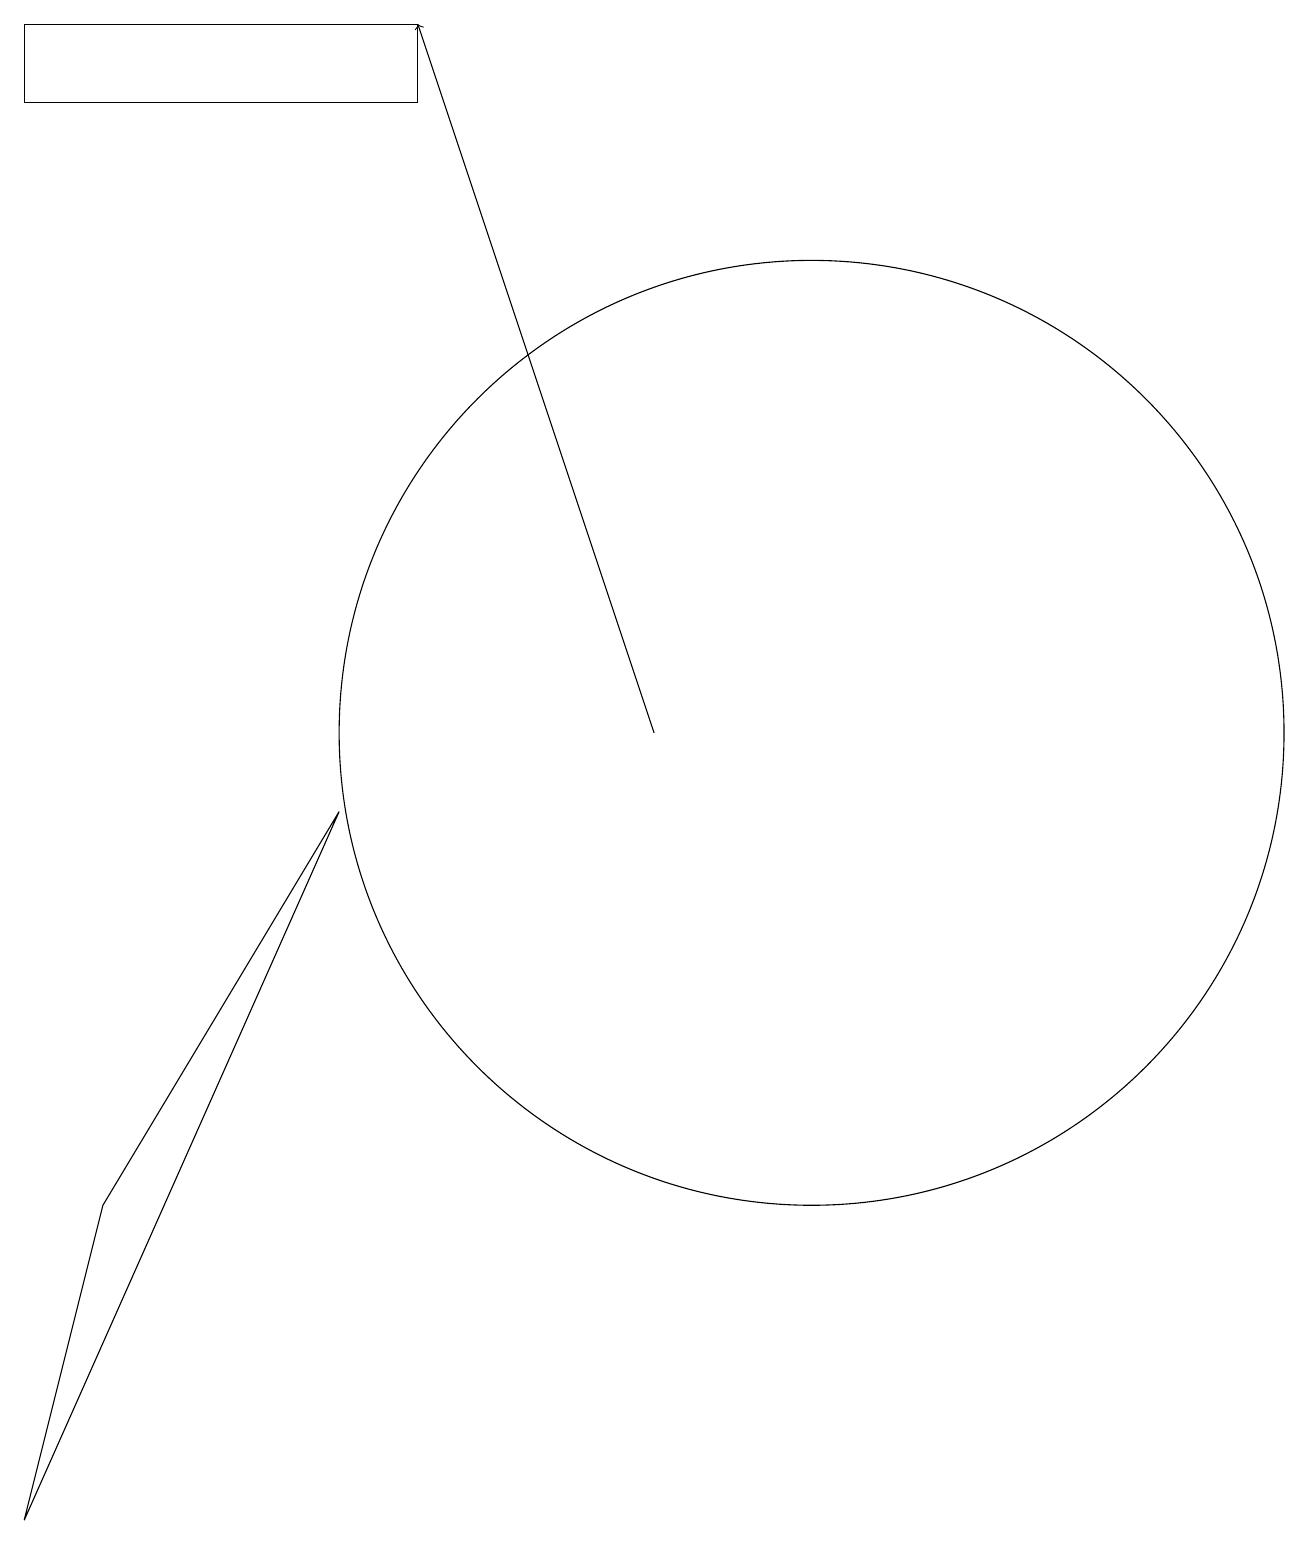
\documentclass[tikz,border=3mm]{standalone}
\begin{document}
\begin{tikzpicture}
\draw[->] (9,10) -- (6,19);
\draw (5,9) -- (1,0) -- (2,4) -- cycle;
\draw (11,10) circle (6);
\draw (1,18) rectangle (6,19);
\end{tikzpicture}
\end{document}